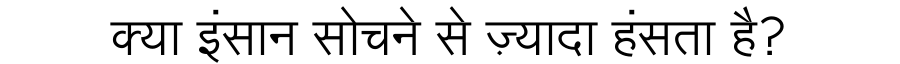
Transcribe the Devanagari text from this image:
क्या इंसान सोचने से ज़्यादा हंसता है?